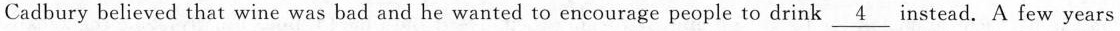
Cadbury believed that wine was bad and he wanted to encourage people to drink \underline{4} instead. A few years